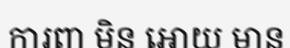
ការពា មិន អោយ មាន